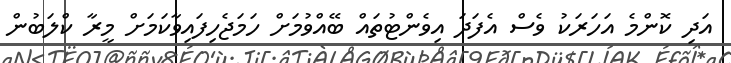
އަދި ކޮންމެ އަހަރަކު ވެސް އެފަދަ އިވެންޓުތައް ބޭއްވުމަށް ހަމަޖެހިފައިވާކަމަށް މީރާ ކްލަބުން